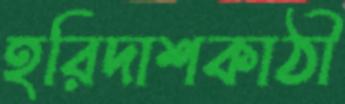
হরিদাশকাঠী